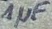
Text: 1µF